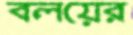
বলয়ের